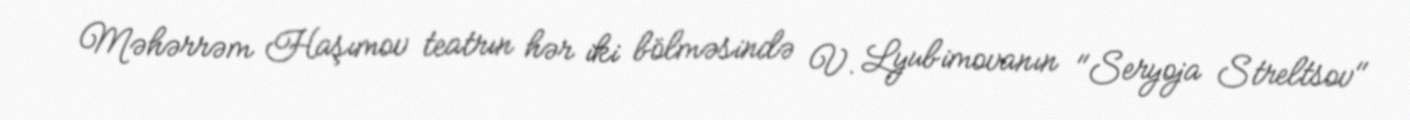
Məhərrəm Haşımov teatrın hər iki bölməsində V. Lyubimovanın "Seryoja Streltsov"